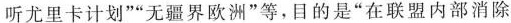
听尤里卡计划””无疆界欧洲”等，目的是”在联盟内部消除